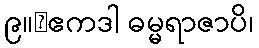
၉။	ဧကဒါ ဓမ္မရာဇာပိ၊